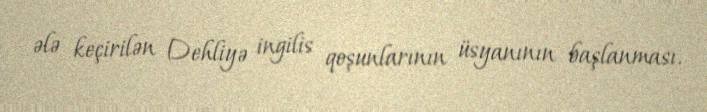
ələ keçirilən Dehliyə ingilis qoşunlarının üsyanının başlanması.